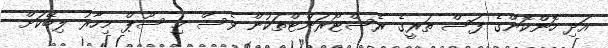
އަދި ހޮންކޮންގެ ފަސް ތަރީގެ ރެސްޓޯރަންޓްތަކުން ވެސް މި ސޫޕް މިހާރު ލިބޭކަށް